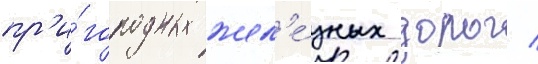
пр'и́городных жел'е́зных дорог /